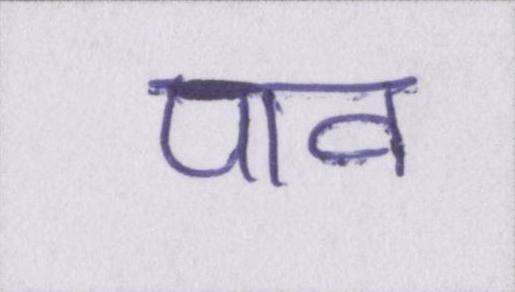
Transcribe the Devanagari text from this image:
पाव